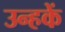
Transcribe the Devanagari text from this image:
उन्हकें